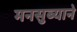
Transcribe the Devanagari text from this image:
मनसुब्याने